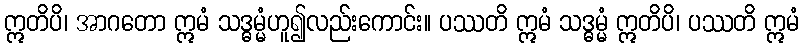
ဣတိပိ၊ အာဂတော ဣမံ သဒ္ဓမ္မံဟူ၍လည်းကောင်း။ ပဿတိ ဣမံ သဒ္ဓမ္မံ ဣတိပိ၊ ပဿတိ ဣမံ